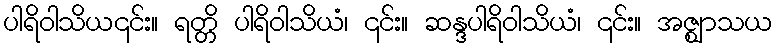
ပါရိဝါသိယ၎င်း။ ရတ္တိ ပါရိဝါသိယံ၊ ၎င်း။ ဆန္ဒပါရိဝါသိယံ၊ ၎င်း။ အဇ္ဈာသယ